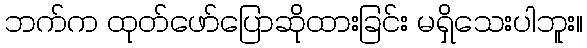
ဘက်က ထုတ်ဖော်ပြောဆိုထားခြင်း မရှိသေးပါဘူး။